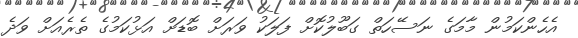
އެހެންކަމުން މާމަގެ ނަސޭހަތް ގަބޫލުކޮށް ފަލަކު ވަރަށް ބޮޑަށް އަޅުކަމުގެ ތެރެއަށް ވަދެ